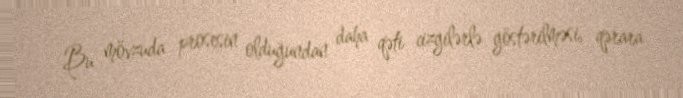
Bu mövzuda prosesin olduğundan daha qəti cizgilərlə göstərilməsi, qərara